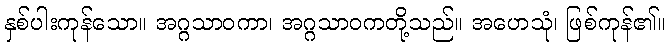
နှစ်ပါးကုန်သော။ အဂ္ဂသာဝကာ၊ အဂ္ဂသာဝကတို့သည်။ အဟေသုံ၊ ဖြစ်ကုန်၏။